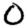
Digit: 0